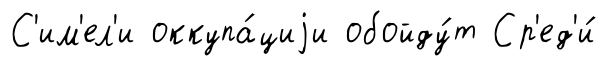
С'им'ел'и оккупа́циjи обойду́т Ср'ед'и́